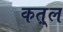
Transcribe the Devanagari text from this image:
कत़्ल